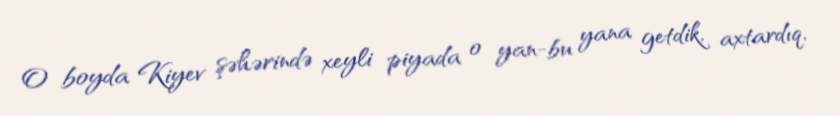
O boyda Kiyev şəhərində xeyli piyada o yan-bu yana getdik, axtardıq,